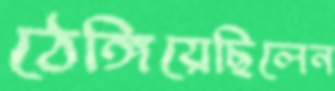
ঠেঙ্গিয়েছিলেন